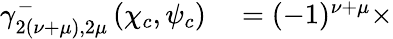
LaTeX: \begin{array}{rl}{\gamma_{2(\nu+\mu),2\mu}^{-}\left(\chi_{c},\psi_{c}\right)}&{{}=(-1)^{\nu+\mu}\times}\end{array}